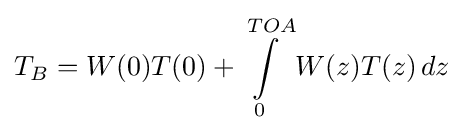
T_{B}=W(0)T(0)+\int \limits _{0}^{TOA}W(z)T(z)\,dz